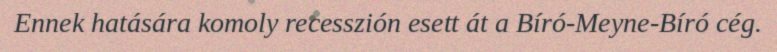
Ennek hatására komoly recesszión esett át a Bíró-Meyne-Bíró cég.